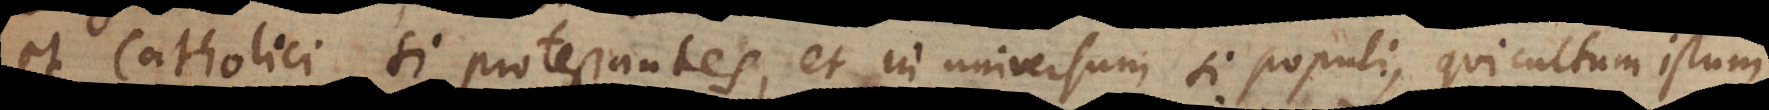
et catholici, si protestantes, et in universum si populi, qui